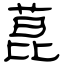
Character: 菎